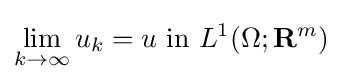
\lim _{k\to \infty }u_{k}=u{\mbox{ in }}L^{1}(\Omega ;\mathbf {R} ^{m})